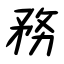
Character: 務